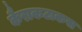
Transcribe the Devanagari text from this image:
कैराकटाकस